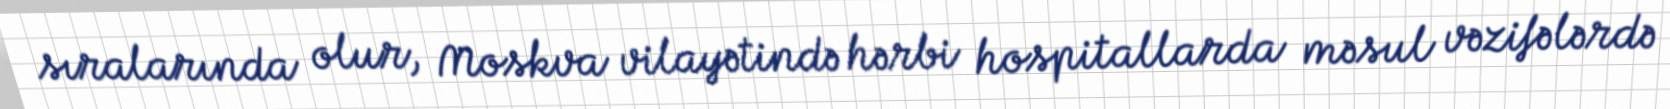
sıralarında olur, Moskva vilayətində hərbi hospitallarda məsul vəzifələrdə